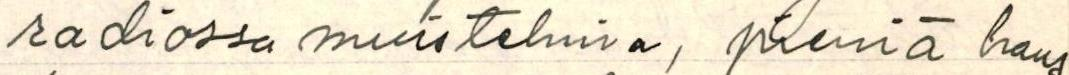
radiossa muistelmia, pieniä haus